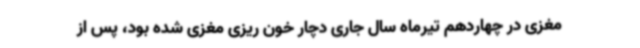
مغزی در چهاردهم تیرماه سال جاری دچار خون ریزی مغزی شده بود، پس از